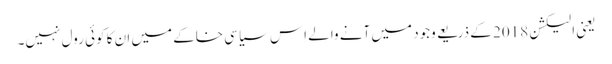
یعنی الیکشن 2018 کے ذریعے وجود میں آنے والے اِس سیاسی خاکے میں ان کا کوئی رول نہیں۔